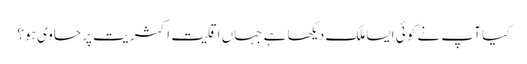
کیا آپ نے کوئی ایسا ملک دیکھا ہے جہاں اقلیت اکثریت پر حاوی ہو؟